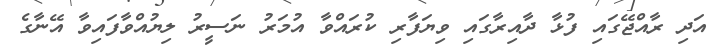
އަދި ރާއްޖޭގައި ފުޅާ ދާއިރާގައި ވިޔަފާރި ކުރައްވާ އުމަރު ނަސީރު ލިޔުއްވާފައިވާ އޭނާގެ